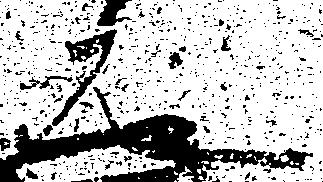
元